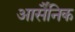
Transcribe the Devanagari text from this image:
आर्सैंनिक